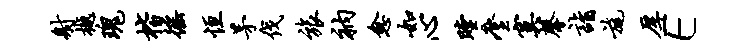
射樾瑰楷徭恒茅伐旅衲愈如心瞠麈寞馨诣旄厚E